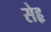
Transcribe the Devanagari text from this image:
सेहृ